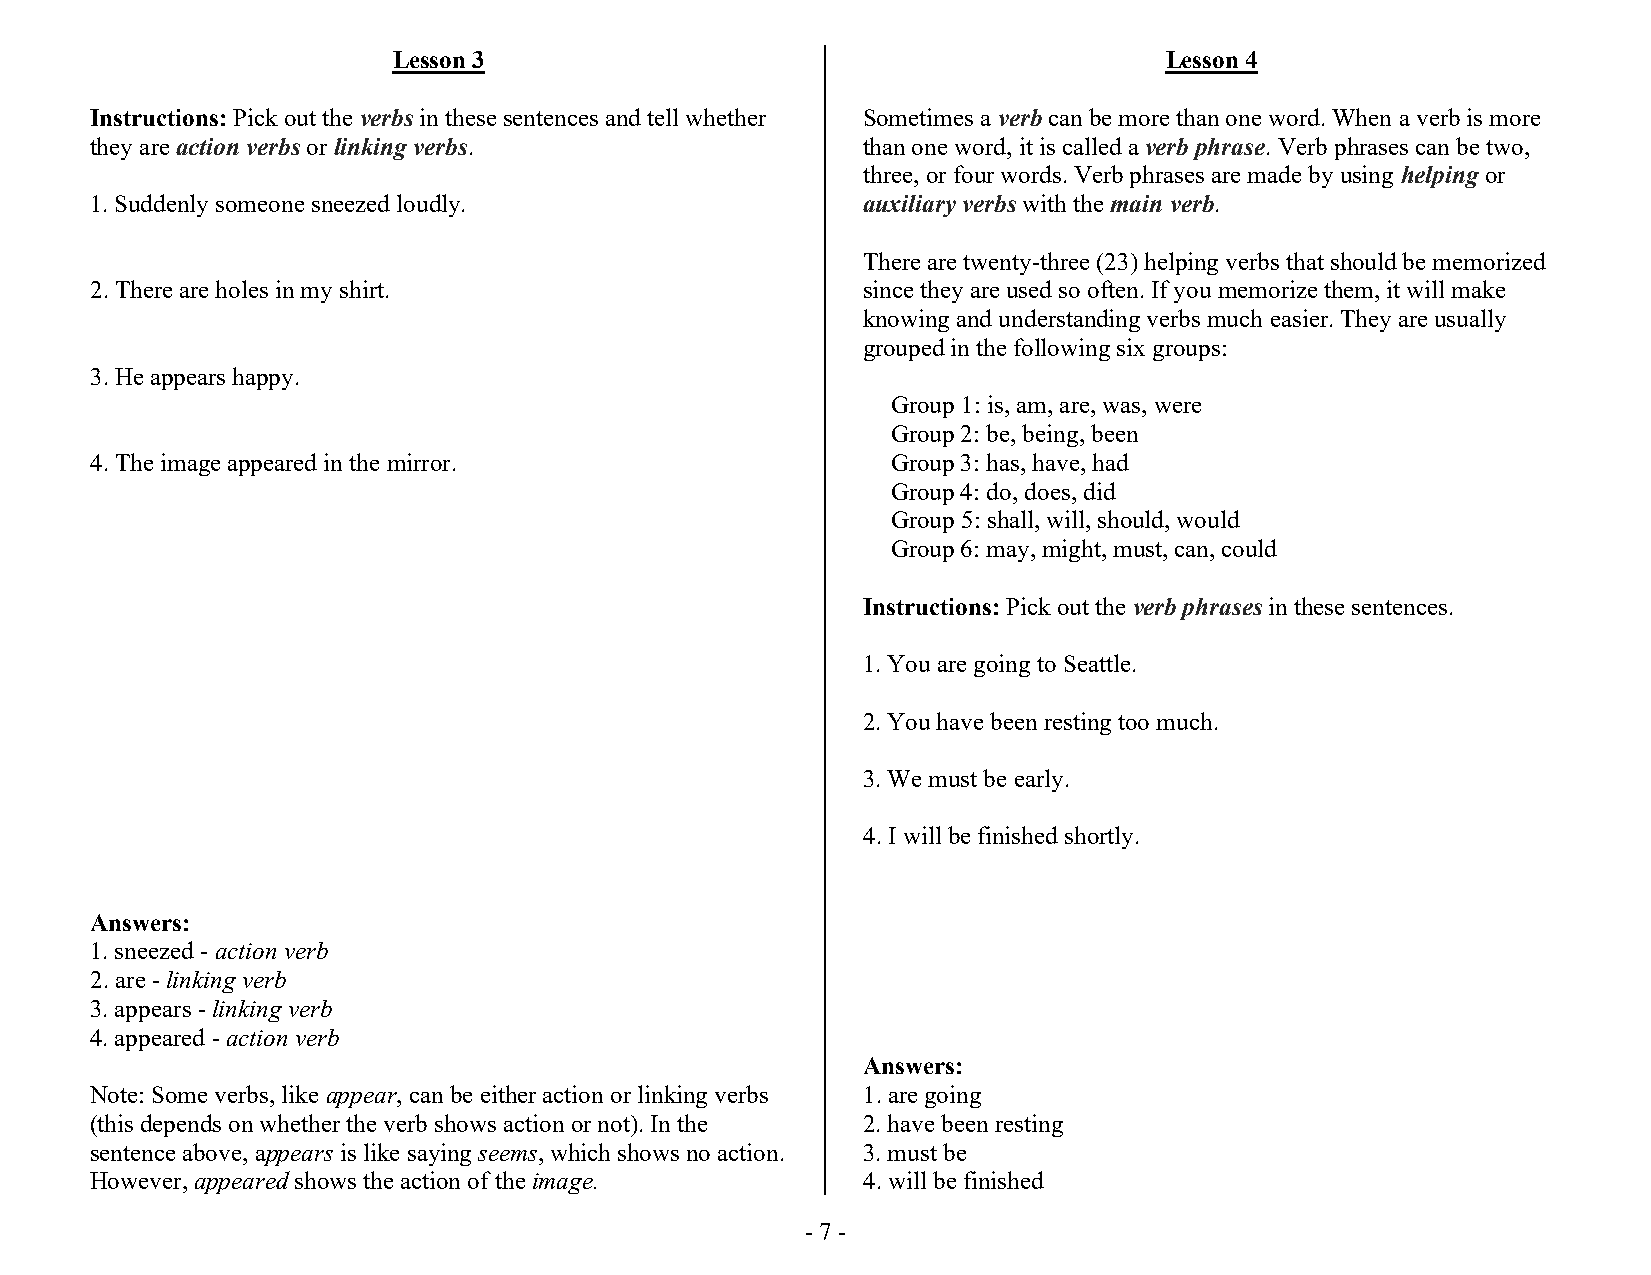
Lesson 3                                           Lesson 4
 Instructions: Pick out the verbs in these sentences and tell whether Sometimes a verb can be more than one word. When a verb is more
 they are action verbs or linking verbs.            than one word, it is called a verb phrase. Verb phrases can be two,
 three, or four words. Verb phrases are made by using helping or
 1. Suddenly someone sneezed loudly.                auxiliary verbs with the main verb.
 There are twenty-three (23) helping verbs that should be memorized
 2. There are holes in my shirt.                    since they are used so often. If you memorize them, it will make
 knowing and understanding verbs much easier. They are usually
 grouped in the following six groups:
 3. He appears happy.
 Group 1: is, am, are, was, were
 Group 2: be, being, been
 4. The image appeared in the mirror.                 Group 3: has, have, had
 Group 4: do, does, did
 Group 5: shall, will, should, would
 Group 6: may, might, must, can, could
 Instructions: Pick out the verb phrases in these sentences.
 1. You are going to Seattle.
 2. You have been resting too much.
 3. We must be early.
 4. I will be finished shortly.
 Answers:
 1. sneezed - action verb
 2. are - linking verb
 3. appears - linking verb
 4. appeared - action verb
 Answers:
 Note: Some verbs, like appear, can be either action or linking verbs 1. are going
 (this depends on whether the verb shows action or not). In the 2. have been resting
 sentence above, appears is like saying seems, which shows no action. 3. must be
 However, appeared shows the action of the image.   4. will be finished
 - 7 -